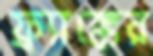
ফ্র্যাঙ্কের